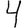
Digit: 4